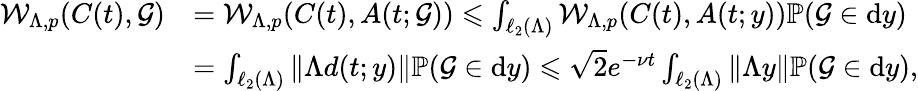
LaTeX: \begin{array}{rl}{\mathcal{W}_{\Lambda,p}(C(t),\mathcal{G})}&{=\mathcal{W}_{\Lambda,p}(C(t),A(t;\mathcal{G}))\leqslant\int_{\ell_{2}(\Lambda)}\mathcal{W}_{\Lambda,p}(C(t),A(t;y))\mathbb{P}(\mathcal{G}\in\mathrm{d}y)}\\ &{=\int_{\ell_{2}(\Lambda)}\| \Lambda d(t;y)\| \mathbb{P}(\mathcal{G}\in\mathrm{d}y)\leqslant{\sqrt{2}}e^{-\nu t}\int_{\ell_{2}(\Lambda)}\| \Lambda y\| \mathbb{P}(\mathcal{G}\in\mathrm{d}y),}\end{array}